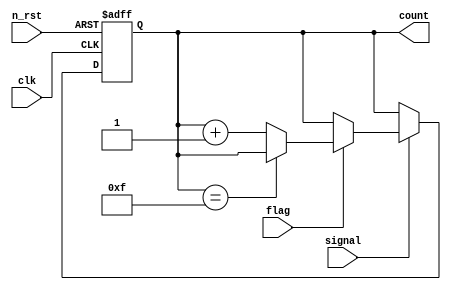
module counter(
    clk,
    n_rst,
    signal,
    flag,
    count
);

input clk;
input n_rst;
input signal;
input flag;

output reg [3:0] count;

always @(posedge clk or negedge n_rst) begin
    if(!n_rst) begin
        count <= 4'h0;
    end
    else begin
        count <= (signal == 1'b0) ? count :
                 (flag == 1'b0) ?  count :
                 (count == 4'hF) ? count : count + 4'h1;
    end
end

endmodule